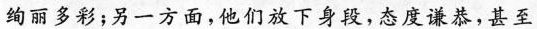
绚丽多彩；另一方面，他们放下身段，态度谦恭，甚至